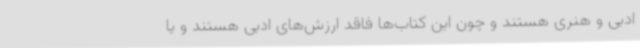
ادبی و هنری هستند و چون این‌ کتاب‌ها فاقد ارزش‌های ادبی هستند و یا